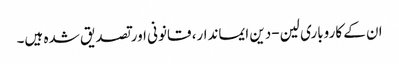
ان کے کاروباری لین-دین ایماندار، قانونی اور تصدیق شدہ ہیں۔